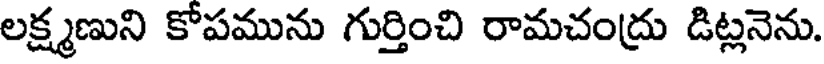
లక్ష్మణుని కోపమును గుర్తించి రామచంద్రు డిట్లనెను.